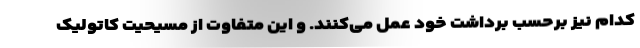
کدام نیز برحسب برداشت خود عمل می‌کنند. و این متفاوت از مسیحیت کاتولیک